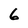
Character: 6